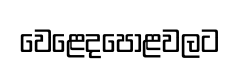
වෙළෙදපොළවලට